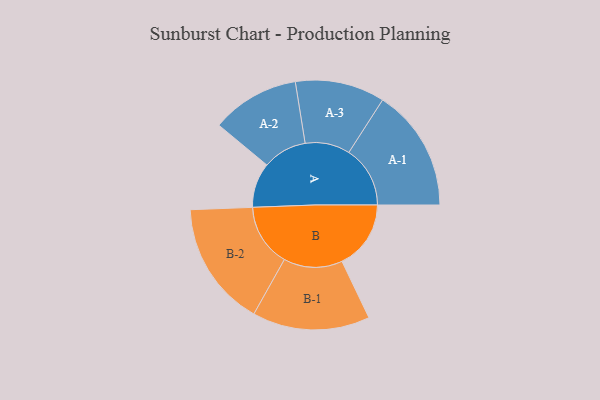
{"axis": {"x": "Segment", "y": "Value"}, "legend": ["", "A", "B"], "data": [{"x": "A", "y": 193, "type": ""}, {"x": "B", "y": 297, "type": ""}, {"x": "A-1", "y": 264, "type": "A"}, {"x": "A-2", "y": 190, "type": "A"}, {"x": "A-3", "y": 193, "type": "A"}, {"x": "B-1", "y": 253, "type": "B"}, {"x": "B-2", "y": 270, "type": "B"}]}